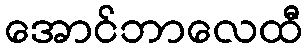
အောင်ဘာလေထီ